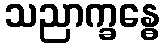
သညာက္ခန္ဓေ